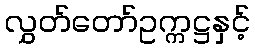
လွှတ်တော်ဥက္ကဋ္ဌနှင့်